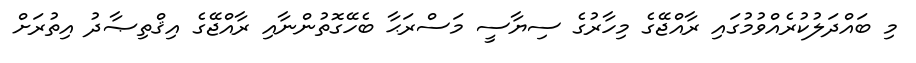
މި ބައްދަލުކުރެއްވުމުގައި ރާއްޖޭގެ މިހާރުގެ ސިޔާސީ މަސްރަޙާ ބެހޭގޮތުންނާއި ރާއްޖޭގެ އިޤްތިޞާދު އިތުރަށް